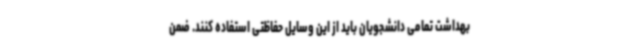
بهداشت تمامی دانشجویان باید از این وسایل حفاظتی استفاده کنند. ضمن